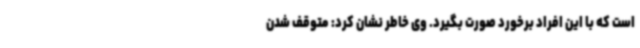
است که با این افراد برخورد صورت بگیرد. وی خاطر نشان کرد: متوقف شدن